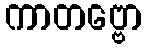
ကာတဗ္ဗော